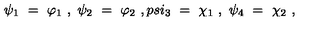
\psi _ { 1 } \ = \ \varphi _ { 1 } \ , \ \psi _ { 2 } \ = \ \varphi _ { 2 } \ , p s i _ { 3 } \ = \ \chi _ { 1 } \ , \ \psi _ { 4 } \ = \ \chi _ { 2 } \ ,